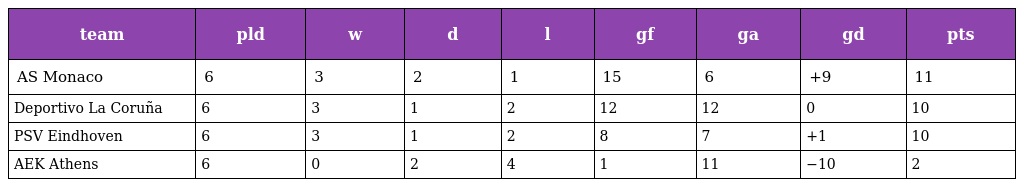
| team | pld | w | d | l | gf | ga | gd | pts |
 | --- | --- | --- | --- | --- | --- | --- | --- | --- |
 | AS Monaco | 6 | 3 | 2 | 1 | 15 | 6 | +9 | 11 |
 | Deportivo La Coruña | 6 | 3 | 1 | 2 | 12 | 12 | 0 | 10 |
 | PSV Eindhoven | 6 | 3 | 1 | 2 | 8 | 7 | +1 | 10 |
 | AEK Athens | 6 | 0 | 2 | 4 | 1 | 11 | −10 | 2 |